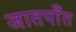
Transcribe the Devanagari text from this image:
जातपाँत